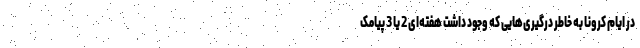
در ایام کرونا به خاطر درگیری‌هایی که وجود داشت هفته‌ای 2 یا 3 پیامک